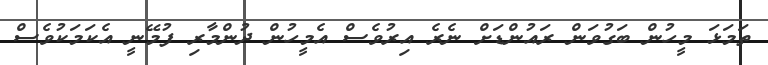
ތަމަޅަ މީހުން ބަގުވަން ރައުންޑަށް ނެރެ އިރުވެސް އެމީހުން ދުންމާރި ފުމޭނީ އެކަމަކުވެސް